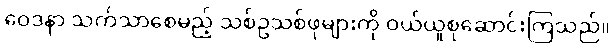
ဝေဒနာ သက်သာစေမည့် သစ်ဥသစ်ဖုများကို ဝယ်ယူစုဆောင်းကြသည်။